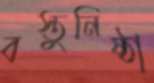
বস্তুনিষ্ঠা